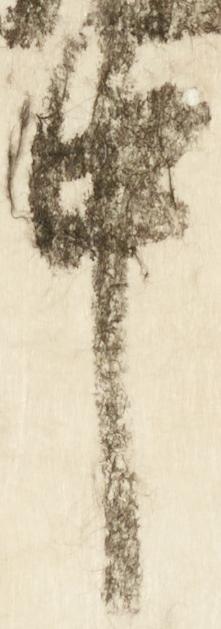
中